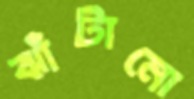
ঝাঁটানো